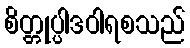
စိတ္တုပ္ပါဒဝါရစသည်